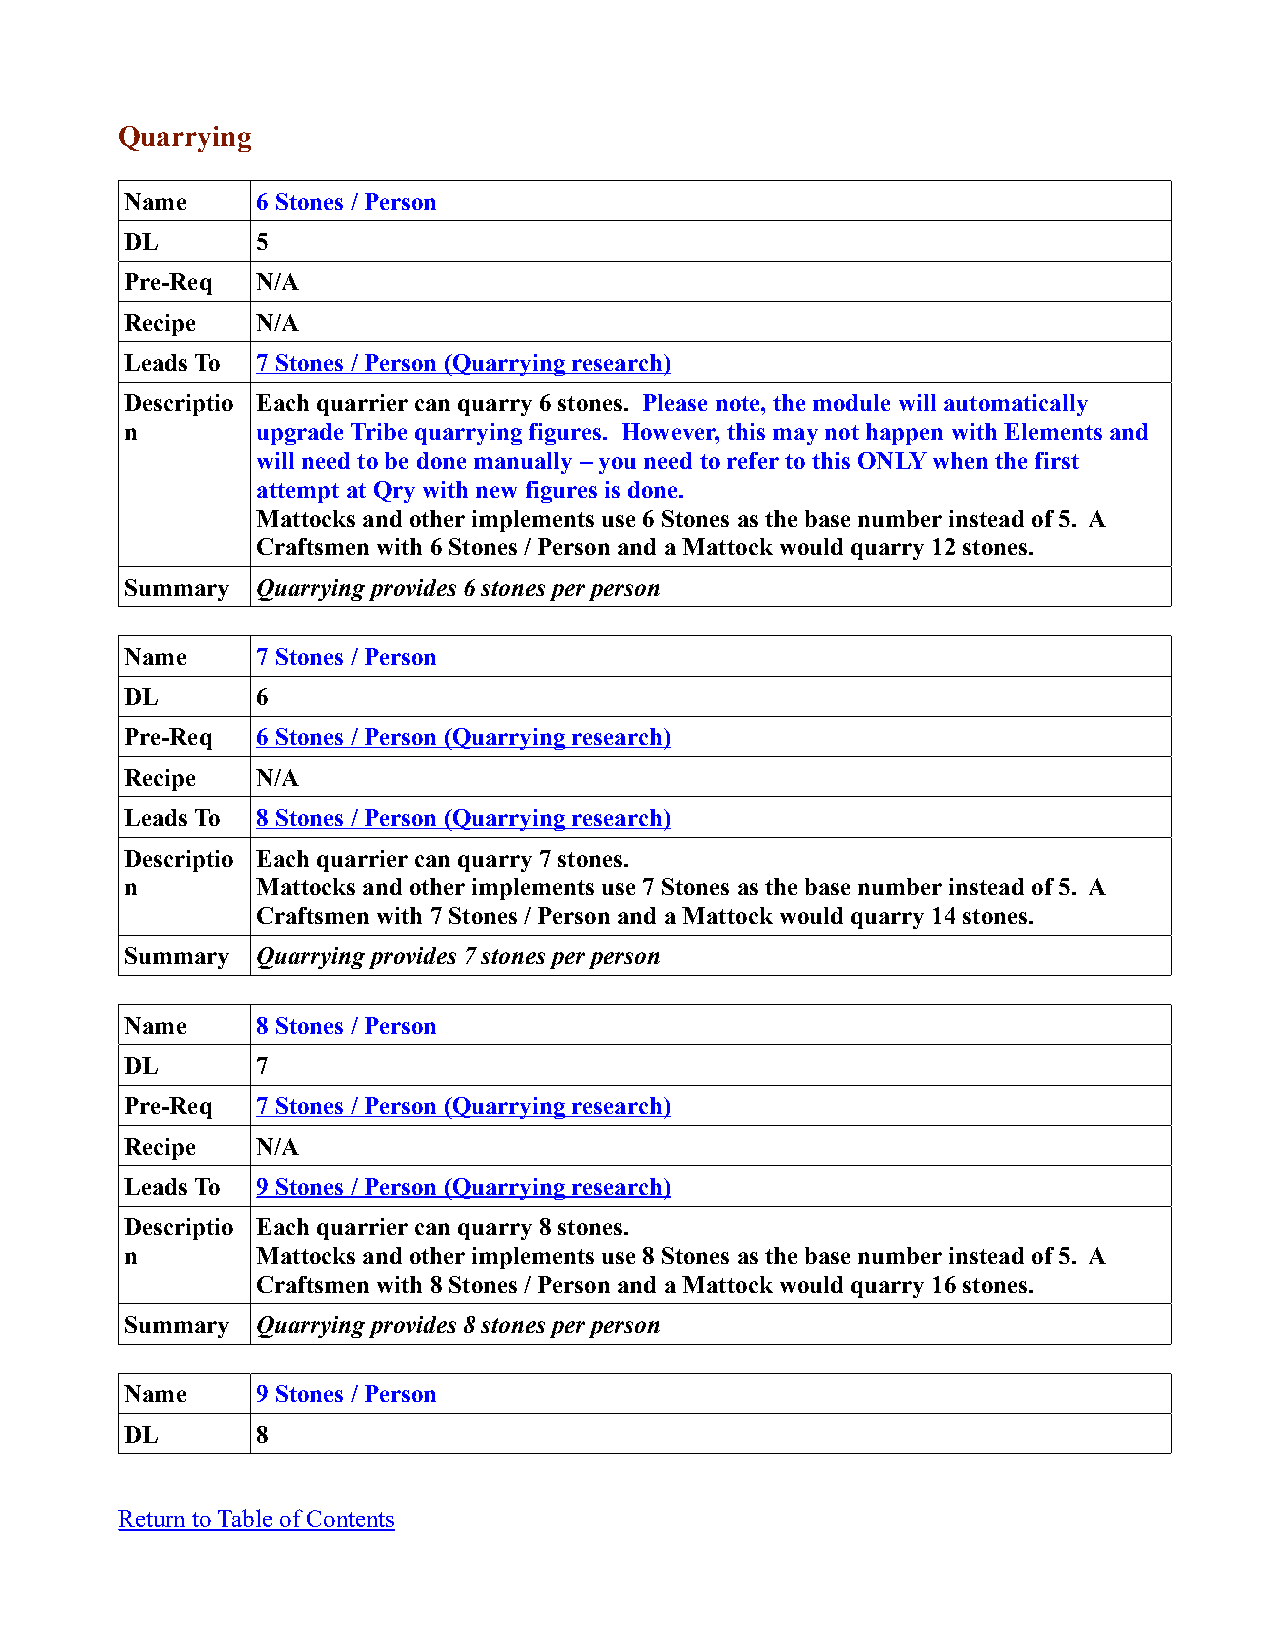
Quarrying
 Name     6 Stones / Person
 DL       5
 Pre-Req  N/A
 Recipe   N/A
 Leads To 7 Stones / Person (Quarrying research)
 Descriptio Each quarrier can quarry 6 stones. Please note, the module will automatically
 n        upgrade Tribe quarrying figures. However, this may not happen with Elements and
 will need to be done manually – you need to refer to this ONLY when the first
 attempt at Qry with new figures is done.
 Mattocks and other implements use 6 Stones as the base number instead of 5. A
 Craftsmen with 6 Stones / Person and a Mattock would quarry 12 stones.
 Summary  Quarrying provides 6 stones per person
 Name     7 Stones / Person
 DL       6
 Pre-Req  6 Stones / Person (Quarrying research)
 Recipe   N/A
 Leads To 8 Stones / Person (Quarrying research)
 Descriptio Each quarrier can quarry 7 stones.
 n        Mattocks and other implements use 7 Stones as the base number instead of 5. A
 Craftsmen with 7 Stones / Person and a Mattock would quarry 14 stones.
 Summary  Quarrying provides 7 stones per person
 Name     8 Stones / Person
 DL       7
 Pre-Req  7 Stones / Person (Quarrying research)
 Recipe   N/A
 Leads To 9 Stones / Person (Quarrying research)
 Descriptio Each quarrier can quarry 8 stones.
 n        Mattocks and other implements use 8 Stones as the base number instead of 5. A
 Craftsmen with 8 Stones / Person and a Mattock would quarry 16 stones.
 Summary  Quarrying provides 8 stones per person
 Name     9 Stones / Person
 DL       8
 Return to Table of Contents